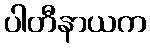
ပါတီနာယက